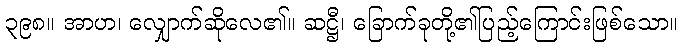
၃၉၈။ အာဟ၊ လျှောက်ဆိုလေ၏။ ဆဋ္ဌီ၊ ခြောက်ခုတို့၏ပြည့်ကြောင်းဖြစ်သော။